Causation and prevention of malarial fevers: a statement of the results of researches drawn up for the use of assistant surgeons, hospital assistants and students
Disease focus: Malaria
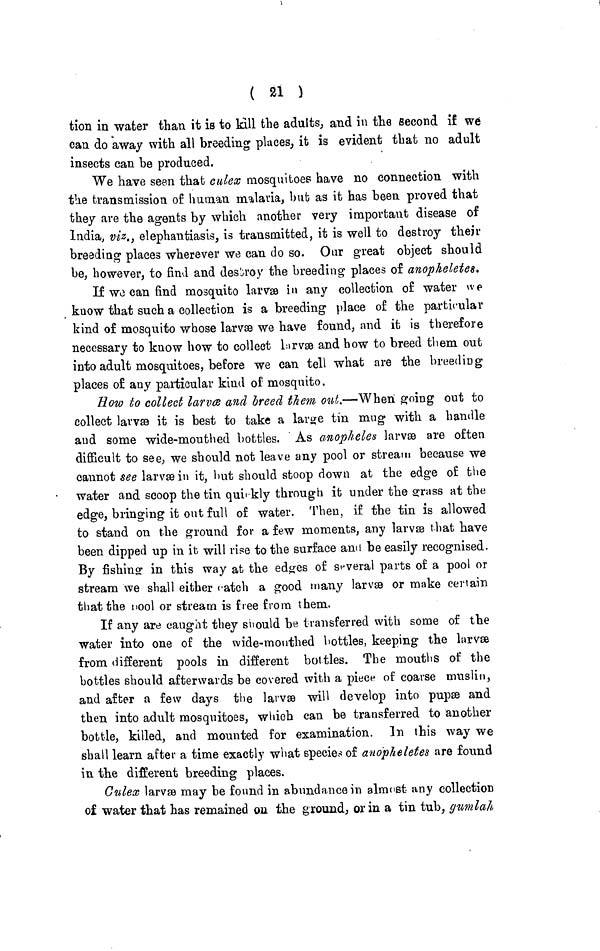
( 21 )
tion in water than it is to kill the adults, and in the second if we
can do away with all breeding places, it is evident that no adult
insects can be produced.
We have seen that culex mosquitoes have no connection with
the transmission of human malaria, but as it has been proved that
they are the agents by which another very important disease of
India, viz., elephantiasis, is transmitted, it is well to destroy their
breeding places wherever we can do so. Oar great object should
be, however, to find and destroy the breeding places of anopheletes.
If we can find mosquito larvæ in any collection of water we
know that such a collection is a breeding place of the particular
kind of mosquito whose larvæ we have found, and it is therefore
necessary to know how to collect larvæ and how to breed them out
into adult mosquitoes, before we can tell what are the breeding
places of any particular kind of mosquito.
How to collect larvæ and breed them out.—When going out to
collect larvæ it is best to take a large tin mug with a handle
and some wide-mouthed bottles. As anopheles larvæ are often
difficult to see, we should not leave any pool or stream because we
cannot see larvæ in it, hut should stoop down at the edge of the
water and scoop the tin quickly through it under the grass at the
edge, bringing it out full of water. Then, if the tin is allowed
to stand on the ground for a few moments, any larvæ that have
been dipped up in it will rise to the surface and be easily recognised.
By fishing in this way at the edges of several parts of a pool or
stream we shall either catch a good many larvæ or make certain
that the pool or stream is free from them.
If any are caught they should be transferred with some of the
water into one of the wide-mouthed hottles, keeping the larvæ
from different pools in different bottles. The mouths of the
bottles should afterwards be covered with a piece of coarse muslin,
and after a few days the larvæ will develop into pupæ and
then into adult mosquitoes, which can be transferred to another
bottle, killed, and mounted for examination. In this way we
shall learn after a time exactly what species of anopheletes are found
in the different breeding places.
Culex larvæ may be found in abundance in almost any collection
of water that has remained on the ground, or in a tin tub, gumlah